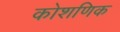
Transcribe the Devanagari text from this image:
कोशणिक